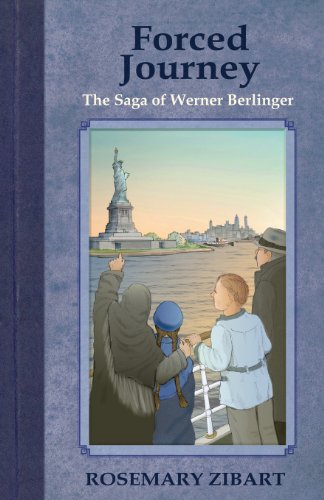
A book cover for Forced Journey - The Saga of Werner Berlinger (Far and Away); Rosemary Zibart; Teen & Young Adult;